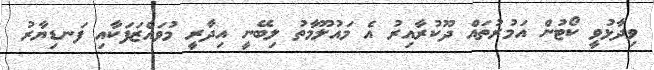
ވިދާޅުވީ ކޯޓުން އަމުރުތައް ދޫކުރާއިރު އެ މައުލޫމާތު ލިބޭނީ އިދާރީ މުވައްޒަފަކާއި ފަނޑިޔާރު